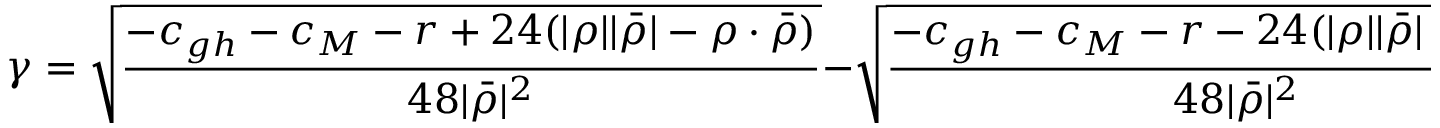
\gamma = \sqrt { \frac { - c _ { g h } - c _ { M } - r + 2 4 ( | \rho | | \bar { \rho } | - \rho \cdot \bar { \rho } ) } { 4 8 | \bar { \rho } | ^ { 2 } } } - \sqrt { \frac { - c _ { g h } - c _ { M } - r - 2 4 ( | \rho | | \bar { \rho } | + \rho \cdot \bar { \rho } ) } { 4 8 | \bar { \rho } | ^ { 2 } } } ~ ,